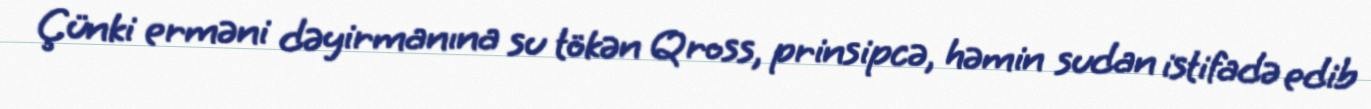
Çünki erməni dəyirmanına su tökən Qross, prinsipcə, həmin sudan istifadə edib